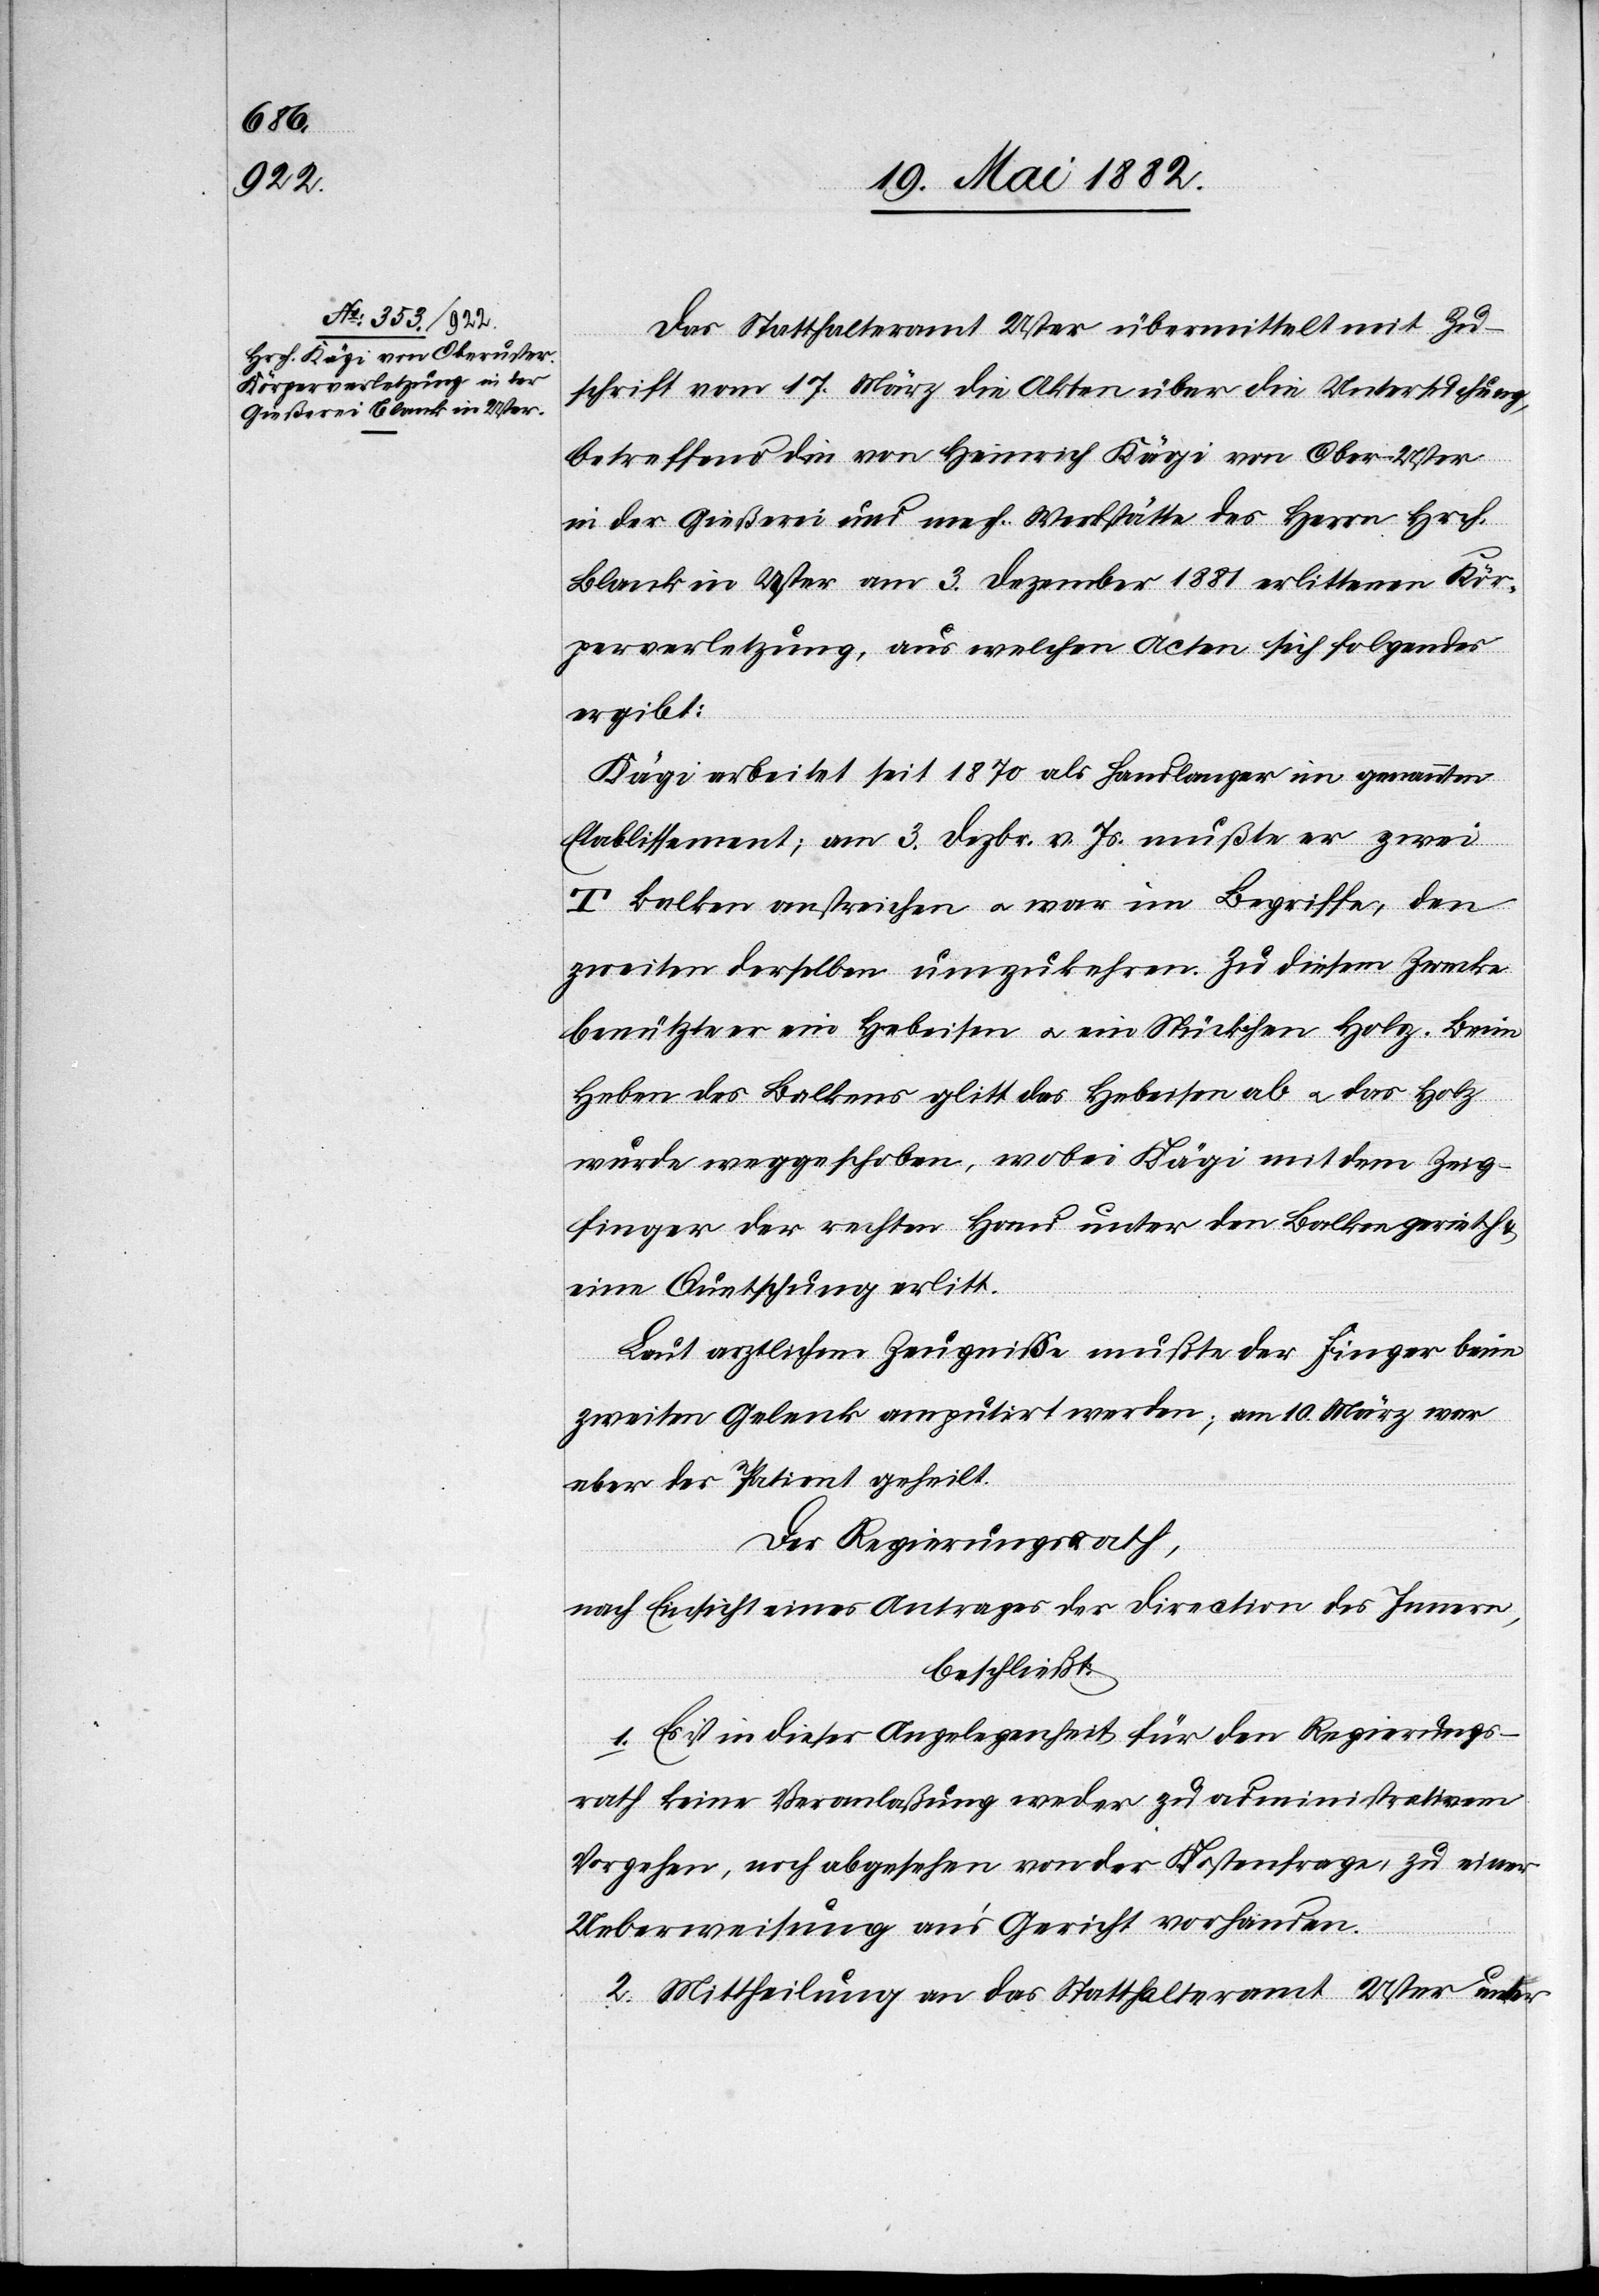
Das Statthalteramt Uster übermittelt mit Zu¬
schrift vom 17. März die Akten über die Untersuchung,
betreffend die von Heinrich Kägi von Oberuster
in der Gießerei und mech. Werkstätte des Herrn Hrch.
Blank von Uster am 3. Dezember 1881 erlittenen Kör¬
perverletzung, aus welchen Acten sich Folgendes
ergibt:
Kägi arbeitet seit 1870 als Handlanger im genannten
Etablissement; am 3. Dezbr. v. Js. mußte er zwei
T-Balken anstreichen u. war im Begriffe, den
zweiten derselben umzukehren, Zu diesem Zwecke
benützte er ein Hebeisen u. ein Stückchen Holz. Beim
Heben des Balkens glitt das Hebeisen ab u. das Holz
wurde weggeschoben, wobei Kägi mit dem Zeig¬
finger der rechten Hand unter den Balken gerieth
eine Quetschung erlitt.
Laut ärztlichem Zeugniß mußte der Finger beim
zweiten Gelenk amputirt werden; am 10. März war
aber der Patient geheilt.
Der Regierungsrath,
nach Einsicht eines Antrages der Direction des Innern,
beschließt:
1. Es ist in dieser Angelegenheit für den Regierungs¬
rath keine Veranlaßung weder zu administrativem
Vorgehen, noch abgesehen von der Kostenfrage, zu einer
Ueberweisung an’s Gericht vorhanden.
2. Mittheilung an das Statthalteramt Uster unter